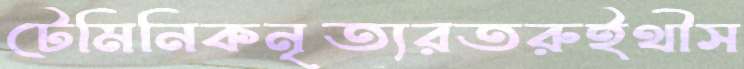
টেমিনিকনৃত্যরতরুইথীস